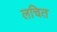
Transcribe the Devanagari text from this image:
लचित